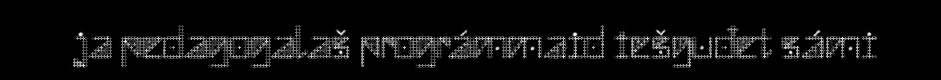
ja pedagogalaš prográmmaid iešguđet sámi